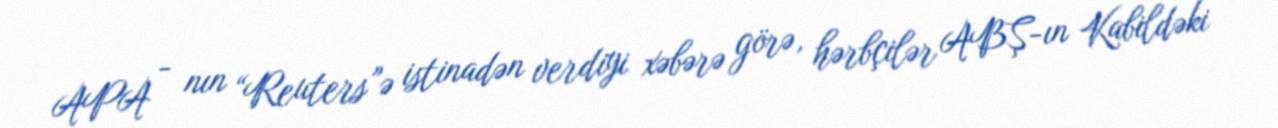
APA - nın “Reuters”ə istinadən verdiyi xəbərə görə, hərbçilər ABŞ-ın Kabildəki